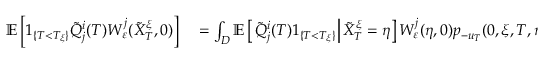
\begin{array} { r l } { \mathbb { E } \left[ 1 _ { \{ T < T _ { \xi } \} } \tilde { Q } _ { j } ^ { i } ( T ) W _ { \varepsilon } ^ { j } ( \tilde { X } _ { T } ^ { \xi } , 0 ) \right] } & { { } = \int _ { D } \mathbb { E } \left[ \left. \tilde { Q } _ { j } ^ { i } ( T ) 1 _ { \{ T < T _ { \xi } \} } \right| \tilde { X } _ { T } ^ { \xi } = \eta \right] W _ { \varepsilon } ^ { j } ( \eta , 0 ) p _ { - u _ { T } } ( 0 , \xi , T , \eta ) \textrm { d } \eta } \end{array}